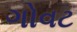
ગોવટ